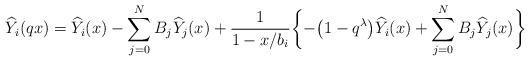
LaTeX: \begin{align*}& \widehat{Y}_{i}(qx) = \widehat{Y}_{i}(x) - \sum^{N}_{j = 0}B_{j}\widehat{Y}_{j}(x) + \frac{1}{1 - x/b_{i}}\biggl\{ -\big(1 - q^{\lambda}\big)\widehat{Y}_{i}(x) + \sum^{N}_{j = 0}B_{j}\widehat{Y}_{j}(x) \biggr\} \end{align*}